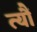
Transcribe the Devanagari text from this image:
त्यौं